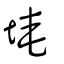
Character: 埯